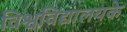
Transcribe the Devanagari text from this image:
विश्वविद्यालयके